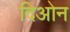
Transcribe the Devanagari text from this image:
दिओन